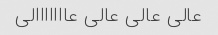
عالی عالی عالی عااااااالی